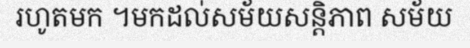
រហូតមក ។មកដល់សម័យសន្តិភាព សម័យ